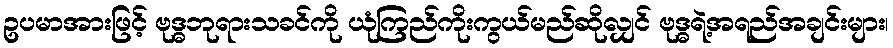
ဥပမာအားဖြင့် ဗုဒ္ဓဘုရားသခင်ကို ယုံကြည်ကိုးကွယ်မည်ဆိုလျှင် ဗုဒ္ဓရဲ့အရည်အချင်းများ၊